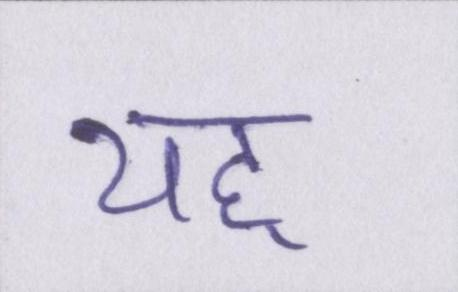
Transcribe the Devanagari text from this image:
यह्